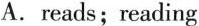
A. reads；reading